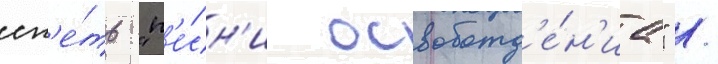
сп'е́ть "п'е́сн'и освобожд'е́н'иа" /